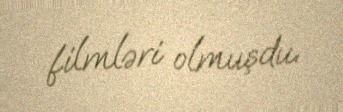
filmləri olmuşdu.